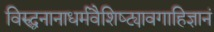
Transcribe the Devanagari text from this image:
विरुद्धनानाधर्मवैशिष्ट्यावगाहिज्ञानं